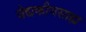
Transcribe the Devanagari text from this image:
वैद्यकीयसाह्य